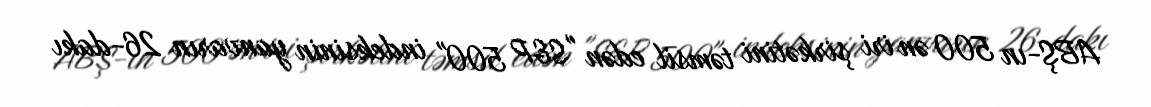
ABŞ-ın 500 ən iri şirkətini təmsil edən "S&P 500" indeksinin yanvarın 26-dakı